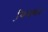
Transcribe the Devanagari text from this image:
फि़क्शन